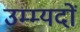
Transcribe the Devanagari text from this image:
उम्म्यदों